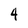
Character: 4